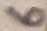
Text: 6